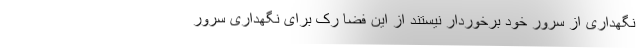
نگهداری از سرور خود برخوردار نیستند از این فضا رک برای نگهداری سرور